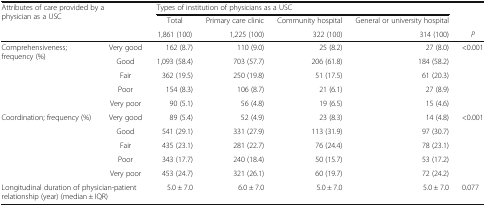
<table><thead><tr><td rowspan="3" colspan="2"><b>Attributes of care provided by a physician as a USC</b></td><td colspan="4"><b>Types of institution of physicians as a USC</b></td><td></td></tr><tr><td><b>Total</b></td><td><b>Primary care clinic</b></td><td><b>Community hospital</b></td><td><b>General or university hospital</b></td><td></td></tr><tr><td><b>1,861 (100)</b></td><td><b>1,225 (100)</b></td><td><b>322 (100)</b></td><td><b>314 (100)</b></td><td><b><i>P</i></b></td></tr></thead><tbody><tr><td rowspan="5">Comprehensiveness; frequency (%)</td><td>Very good</td><td>162 (8.7)</td><td>110 (9.0)</td><td>25 (8.2)</td><td>27 (8.0)</td><td rowspan="5">&lt;0.001</td></tr><tr><td>Good</td><td>1,093 (58.4)</td><td>703 (57.7)</td><td>206 (61.8)</td><td>184 (58.2)</td></tr><tr><td>Fair</td><td>362 (19.5)</td><td>250 (19.8)</td><td>51 (17.5)</td><td>61 (20.3)</td></tr><tr><td>Poor</td><td>154 (8.3)</td><td>106 (8.7)</td><td>21 (6.1)</td><td>27 (8.9)</td></tr><tr><td>Very poor</td><td>90 (5.1)</td><td>56 (4.8)</td><td>19 (6.5)</td><td>15 (4.6)</td></tr><tr><td rowspan="5">Coordination; frequency (%)</td><td>Very good</td><td>89 (5.4)</td><td>52 (4.9)</td><td>23 (8.3)</td><td>14 (4.8)</td><td rowspan="5">&lt;0.001</td></tr><tr><td>Good</td><td>541 (29.1)</td><td>331 (27.9)</td><td>113 (31.9)</td><td>97 (30.7)</td></tr><tr><td>Fair</td><td>435 (23.1)</td><td>281 (22.7)</td><td>76 (24.4)</td><td>78 (23.1)</td></tr><tr><td>Poor</td><td>343 (17.7)</td><td>240 (18.4)</td><td>50 (15.7)</td><td>53 (17.2)</td></tr><tr><td>Very poor</td><td>453 (24.7)</td><td>321 (26.1)</td><td>60 (19.7)</td><td>72 (24.2)</td></tr><tr><td colspan="2">Longitudinal duration of physician-patient relationship (year) (median ± IQR)</td><td>5.0 ± 7.0</td><td>6.0 ± 7.0</td><td>5.0 ± 7.0</td><td>5.0 ± 7.0</td><td>0.077</td></tr></tbody></table>